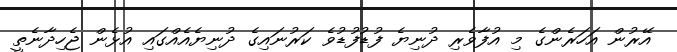
އޭރުން އަހަރެންގެ މި އުފާވެރި ދުނިޔެ ފުޑުފުޑުވެ ކަރުނައިގެ ދުނިޔެއެއްގައި އުޅެން ޖެހިދާނެތީ